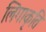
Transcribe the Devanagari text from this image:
लिंगाकृति